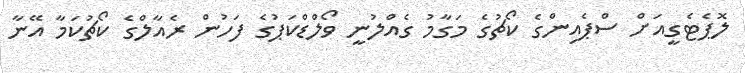
ލޮޕެޓެގީއަށް ސްޕެއިންގެ ކޯޗުގެ މަގާމު ގެއްލުނީ ވޯލްޑްކަޕުގެ ފަހުން ރެއާލްގެ ކޯޗުކަމާ އޭނާ